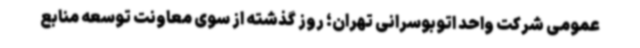
عمومی شرکت واحد اتوبوسرانی تهران؛ روز گذشته از سوی معاونت توسعه منابع